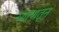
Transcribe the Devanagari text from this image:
व्यापातून